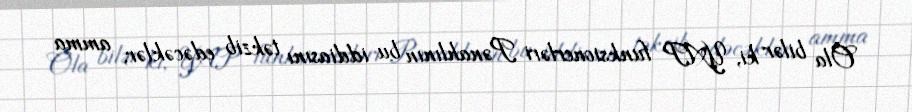
Ola bilər ki, YAP funksionerləri Pənahlının bu iddiasını təkzib edəcəklər, amma